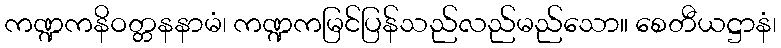
ကဏ္ဍကနိဝတ္တနနာမံ၊ ကဏ္ဍကမြင်ပြန်သည်လည်မည်သော။ စေတီယဋ္ဌာနံ၊